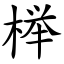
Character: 榉